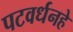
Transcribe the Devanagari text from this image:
पटवर्धनहे